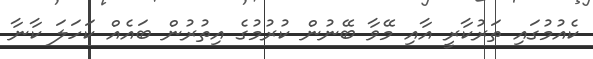
ކެއުމުގައި ތަރުކާރީ އާއި މޭވާ ބޭނުން ކުރުމުގެ އިތުރުން ބައެއް ކަހަލަ ކާނާ